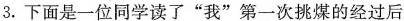
3. 下面是一位同学读了“我”第一次挑煤的经过后